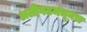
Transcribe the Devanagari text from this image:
अलीगढमधूनच